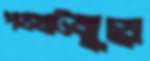
পথঘাটজুড়ে